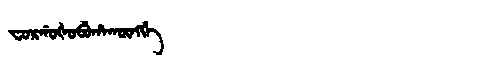
Manchu: ᠸᠣᡵᡤᠣᡧᠣᠪᡠᡥᠠᡴᡡᠩᡤᡝ
Romanization: FORGOŠOBUHAKŪNGGE